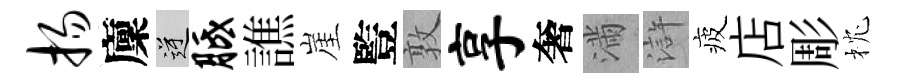
扬廩逆胝譙崖䜿敦享奢滿滸疲店彫枕